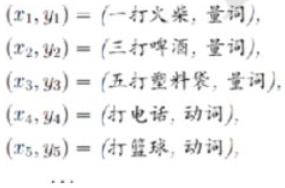
\begin{align*}
(x_1, y_1) &= (\text{一打火柴}, \text{量词}), \\
(x_2, y_2) &= (\text{三打啤酒}, \text{量词}), \\
(x_3, y_3) &= (\text{五打塑料袋}, \text{量词}), \\
(x_4, y_4) &= (\text{打电话}, \text{动词}), \\
(x_5, y_5) &= (\text{打篮球}, \text{动词}),
\end{align*}